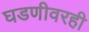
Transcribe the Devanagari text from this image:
घडणीवरही